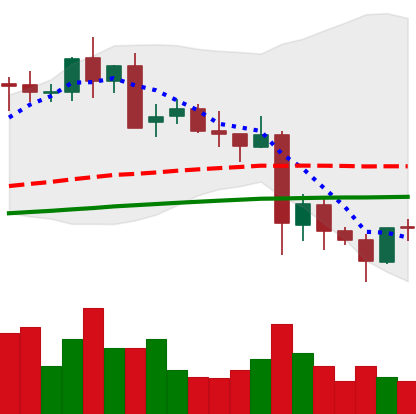
Ticker: LTC-USD
Chart end date: 2021-05-25
Forward return: -6.823%
Label: down_5_7